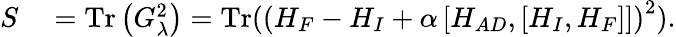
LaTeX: \begin{array}{rl}{S}&{{}=\mathrm{Tr}\left(G_{\lambda}^{2}\right)=\mathrm{Tr}\left((H_{F}-H_{I}+\alpha\left[H_{AD},\left[H_{I},H_{F}\right]\right]\right)^{2}).}\end{array}